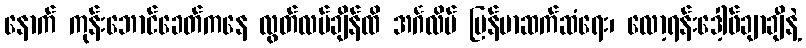
နောက် ကုန်းဘောင်ခေတ်ကနေ လွတ်လပ်ချိန်ထိ အင်္ဂလိပ် မြန်မာဆက်ဆံရေး၊ လော့ရန်းဒေါ့ဖ်ချာချီနဲ့